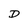
Character: D